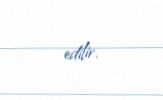
edilir.